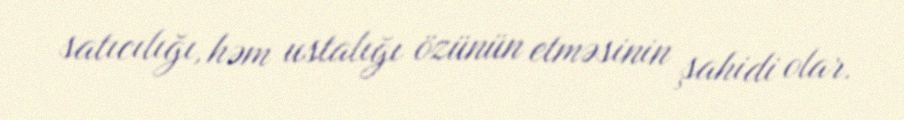
satıcılığı, həm ustalığı özünün etməsinin şahidi olar.